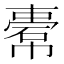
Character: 𢄿